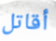
أقاتل